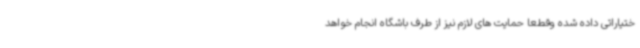
ختیاراتی داده شده وقطعا حمایت های لازم نیز از طرف باشگاه انجام خواهد